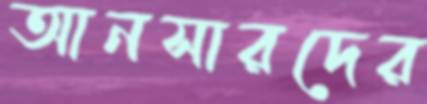
আনসারদের